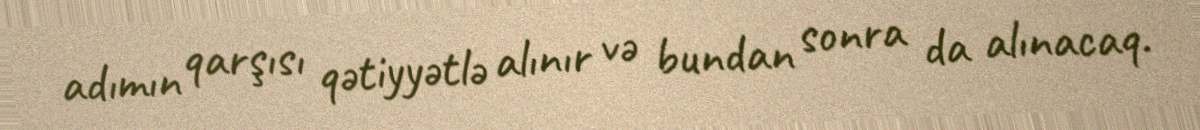
adımın qarşısı qətiyyətlə alınır və bundan sonra da alınacaq.